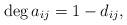
LaTeX: \begin{align*} \deg a_{ij}=1- d_{ij},\end{align*}